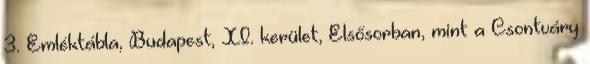
3. Emléktábla, Budapest, XI. kerület, Elsősorban, mint a Csontváry